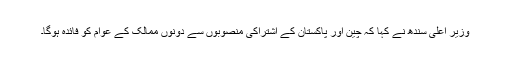
وزیر اعلی سندھ نے کہا کہ چین اور پاکستان کے اشتراکی منصوبوں سے دونوں ممالک کے عوام کو فائدہ ہوگا۔